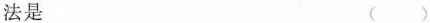
法是 ( )